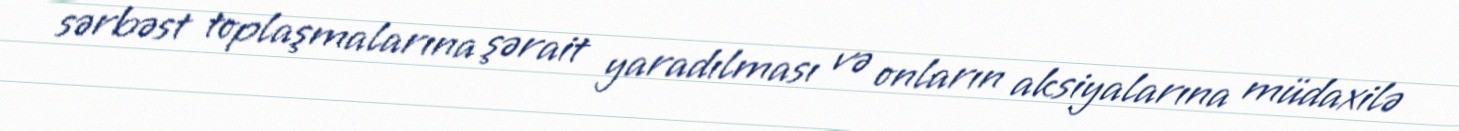
sərbəst toplaşmalarına şərait yaradılması və onların aksiyalarına müdaxilə